Report on vaccination in Madras 1895-1903 - 1895-1903
Year: 1895
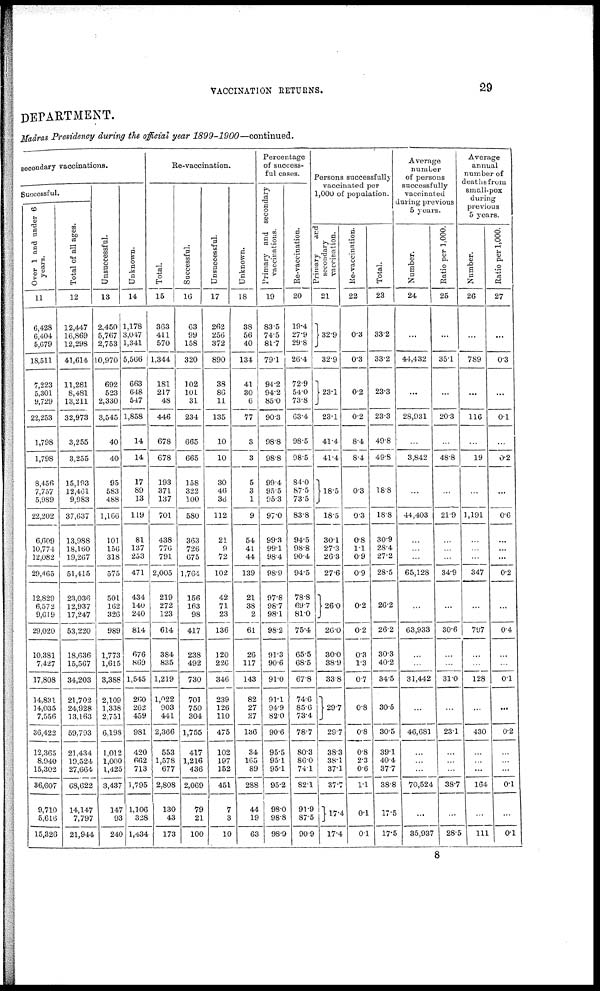
VACCINATION RETURNS.
29
DEPARTMENT.
Madras Presidency during the official year
1899-1900—continued.
secondary vaccinations.
Successful.
Over 1 and under 6
years.
11
6,428
6,404
5,679
18,511
7,223
5,301
9,729
22,253
1,798
1,798
8,456
7,757
5,989
22,202
6,609
10,774
12,082
29,465
12,829
6,572
9,619
29,020
10,381
7,427
17,808
14,831
14,035
7,556
36,422
12,365
8,940
15,302
36,607
9,710
5,616
15,326
Total of all ages.
12
12,447
16,869
12,298
41,614
11,281
8,481
13,211
32,973
3,255
3,255
15,193
12,461
9,983
37,637
13,988
18,160
19,267
51,415
23,036
12,937
17,247
53,220
18,636
15,567
34,203
21,702
24,928
13,163
59,793
21,434
19,524
27,664
68,622
14,147
7,797
21,944
Unsuccessful.
13
2,450
5,767
2,753
10,970
692
523
2,330
3,545
40
40
95
583
488
1,166
101
156
318
575
501
162
326
989
1,773
1,615
3,388
2,109
1,338
2,7511
6,198
1,012
1,000
1,425
3,437
147
93
240
Unknown.
14
1,178
3,047
1,341
5,566
663
648
547
1,858
14
14
17
89
13
119
81
137
253
471
434
140
240
814
676
869
1,545
260
262
459
981
420
662
713
1,795
1,106
328
1,434
Re-vaccination.
Total.
15
363
411
570
1,344
181
217
48
446
678
678
193
371
137
701
438
776
791
2,005
219
272
123
614
384
835
1,219
1,022
903
4411
2,366
553
1,578
677
2,808
130
43
173
Successful.
16
63
99
158
320
102
101
31
234
665
665
158
322
100
580
363
726
675
1,764
156
163
98
417
238
492
730
701
750
304
1,755
417
1,216
436
2,069
79
21
100
Unsuccessful.
17
262
256
372
890
38
86
11
135
10
10
30
46
36
112
21
9
72
102
42
71
23
136
120
226
346
239
126
110
475
102
197
152
451
7
3
10
Unknown.
18
38
56
40
134
41
30
6
77
3
3
5
3
1
9
54
41
44
139
21
38
2
61
26
117
143
82
27
27
136
34
165
89
288
44
19
63
Percentage
of success-
ful cases.
Primary and secondary
vaccinations.
19
83.5
74.5
81.7
79.1
94.2
94.2
85.0
90.3
98.8
98.8
99.4
95.5
95.3
97.0
99.3
99.1
98.4
98.9
97.8
98.7
98.1
98.2
91.3
90.6
91.0
91.1
94.9
82.0
90.6
95.5
95.1
95.1
95.2
98.0
98.8
98.9
Re-vaccination.
20
19.4
27.9
29.8
26.4
72.9
54.0
73.8
63.4
98.5
98.5
84.0
87.5
73.5
83.8
94.5
98.8
90.4
94.5
78.8
69.7
81.0
75.4
65.5
68.5
67.8
74.6
85.6
73.4
78.7
80.3
86.0
74.1
82.1
91.9
87.5
90.9
Persons successfully
vaccinated per
1,000 of population.
Primary
and
secondary
vaccination.
21
32.9
32.9
23.1
23.1
41.4
41.4
18.5
18.5
30.1
27.3
26.3
27.6
26.0
26.0
30.0
38.9
33.8
29.7
29.7
38.3
38.1
37.1
37.7
17.4
17.4
Re-vaccination.
22
0.3
0.3
0.2
0.2
8.4
8.4
0.3
0.3
0.8
1.1
0.9
0.9
0.2
0.2
0.3
1.3
0.7
0.8
0.8
0.8
2.3
0.6
1.1
0.1
0.1
Total.
23
33.2
33.2
23.3
23.3
49.8
49.8
18.8
18.8
30.9
28.4
27.2
28.5
26.2
26.2
30.3
40.2
34.5
30.5
30.5
39.1
40.4
37.7
38.8
17.5
17.5
Average
number
of persons
successfully
vaccinated
during previous
5 years.
Number.
24
...
44,432
...
28,931
...
3,842
...
44,403
...
...
...
65,128
...
63,933
...
...
31,442
...
46,681
...
...
...
70,524
...
35,937
Ratio per 1,000.
25
...
35.1
...
20.3
...
48.8
...
21.9
...
...
...
34.9
...
30.6
...
...
31.0
...
23.1
...
...
...
38.7
...
28.5
Average
annual
number of
deaths from
small-pox
during
previous
5 years.
Number.
26
...
789
...
116
...
19
...
1,191
...
...
...
347
...
797
...
...
128
...
430
...
...
...
164
...
111
Ratio per 1,000.
27
...
0.3
...
0.1
...
0.2
...
0.6
...
...
...
0.2
...
0.4
...
...
0.1
...
0.2
...
...
...
0.1
...
0.1
8